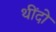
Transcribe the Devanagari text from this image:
थींदो